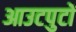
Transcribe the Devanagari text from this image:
आउटपुटों